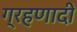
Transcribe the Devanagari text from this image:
ग्रहणादी